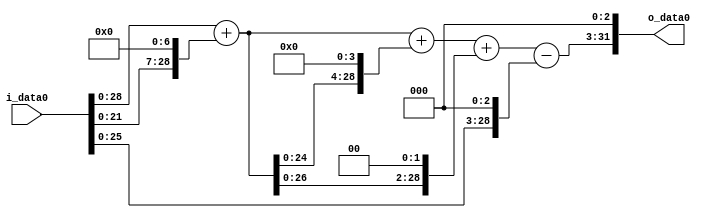
module multiplier_block (
    i_data0,
    o_data0
);

  // Port mode declarations:
  input   [31:0] i_data0;
  output  [31:0]
    o_data0;

  //Multipliers:

  wire [31:0]
    w1,
    w128,
    w129,
    w2064,
    w2193,
    w516,
    w2709,
    w8,
    w2701,
    w21608;

  assign w1 = i_data0;
  assign w128 = w1 << 7;
  assign w129 = w1 + w128;
  assign w2064 = w129 << 4;
  assign w21608 = w2701 << 3;
  assign w2193 = w129 + w2064;
  assign w2701 = w2709 - w8;
  assign w2709 = w2193 + w516;
  assign w516 = w129 << 2;
  assign w8 = w1 << 3;

  assign o_data0 = w21608;

  //multiplier_block area estimate = 6719.32805906029;
endmodule